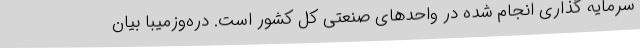
سرمایه گذاری انجام شده در واحدهای صنعتی کل کشور است. دره‌وزمیبا بیان